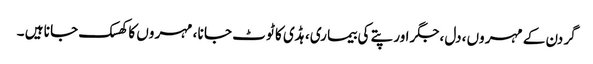
گر دن کے مہر وں ،دل ،جگر اور پتے کی بیما ری، ہڈی کا ٹو ٹ جا نا ، مہر وں کا کھسک جا نا ہیں ۔